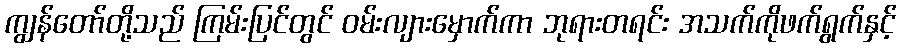
ကျွန်တော်တို့သည် ကြမ်းပြင်တွင် ဝမ်းလျားမှောက်ကာ ဘုရားတရင်း အသက်ကိုဖက်ရွက်နှင့်